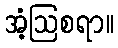
အံ့ဩစရာ။